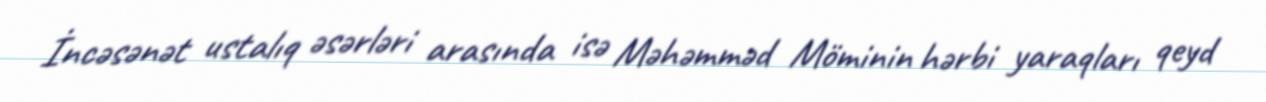
İncəsənət ustalıq əsərləri arasında isə Məhəmməd Möminin hərbi yaraqları qeyd